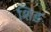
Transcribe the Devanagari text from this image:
शिङ